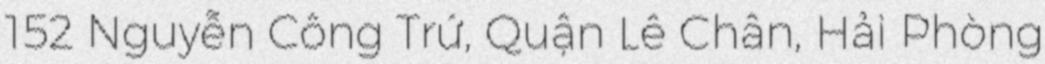
152 Nguyễn Công Trứ, Quận Lê Chân, Hải Phòng